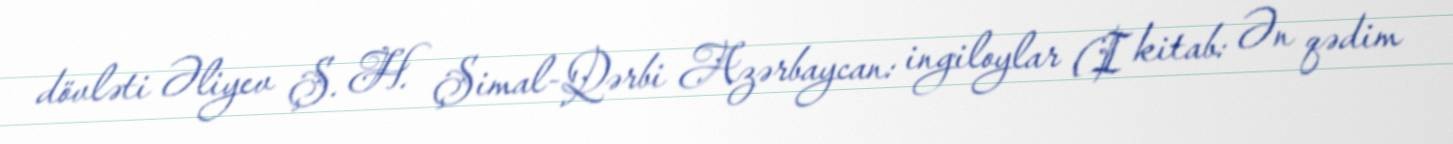
dövləti Əliyev Ş. H. Şimal-Qərbi Azərbaycan: ingiloylar (I kitab: Ən qədim